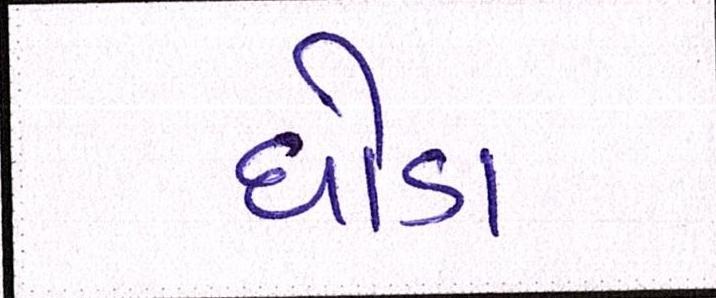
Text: ઘોડા